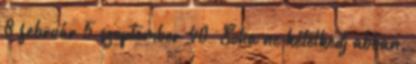
8 február 5 szeptember 40 „Soha ne kételkedj abban,